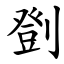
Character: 㔁